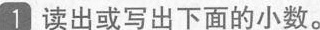
1 读出或写出下面的小数。